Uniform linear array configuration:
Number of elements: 48
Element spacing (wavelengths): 0.75
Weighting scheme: kaiser
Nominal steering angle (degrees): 60
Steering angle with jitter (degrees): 58.429
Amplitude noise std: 0.05
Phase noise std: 0.05

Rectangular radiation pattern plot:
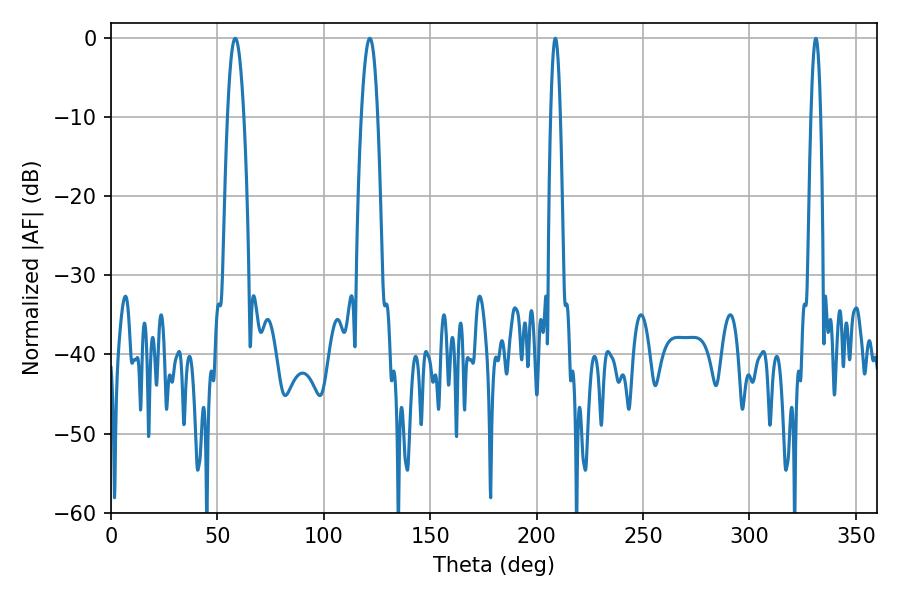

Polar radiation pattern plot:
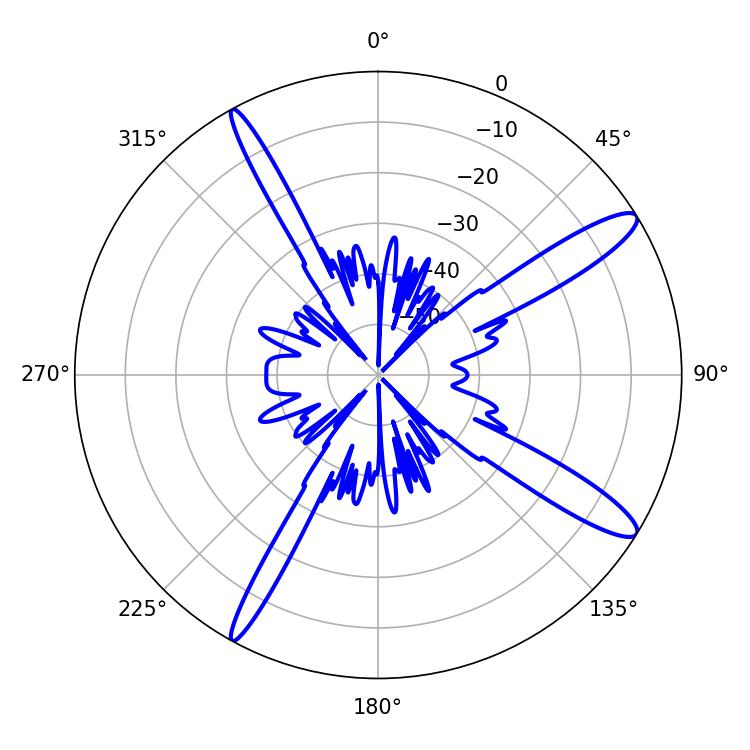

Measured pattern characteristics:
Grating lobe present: TRUE
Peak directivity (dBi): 13.439
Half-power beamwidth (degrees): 2.52
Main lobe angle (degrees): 208.8